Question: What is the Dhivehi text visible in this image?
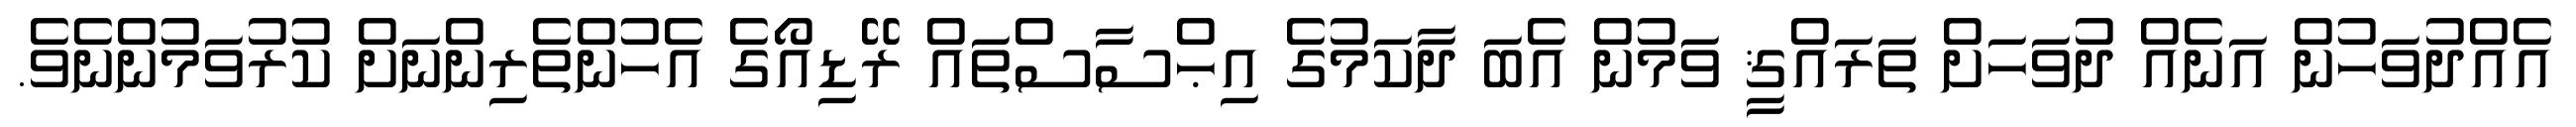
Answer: އެއްދުވަހުން އަނެއް ދުވަހަށް ތަރައްޤީ ވަމުން އެބަ ދާކަމުގެ އިޙްސާސްތައް ރޭޑިއޯގެ އެހުންތެރިންނަށް ކުރުވަމުންނެވެ.